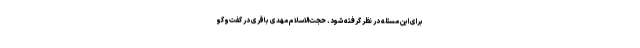
برای این مسئله در نظر گرفته شود. حجت‌الاسلام مهدی باقری در گفت‌وگو